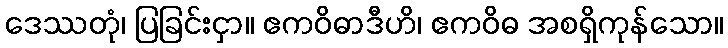
ဒေဿတုံ၊ ပြခြင်းငှာ။ ဧကဝိဓာဒီဟိ၊ ဧကဝိဓ အစရှိကုန်သော။